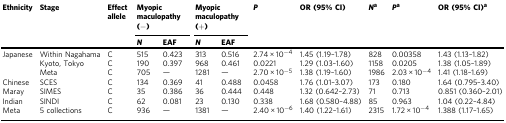
<table><thead><tr><td rowspan="2"><b>Ethnicity</b></td><td rowspan="2"><b>Stage</b></td><td rowspan="2"><b>Effect allele</b></td><td colspan="2"><b>Myopic maculopathy (−)</b></td><td colspan="2"><b>Myopic maculopathy (+)</b></td><td rowspan="2"><b><i>P</i></b></td><td rowspan="2"><b>OR (95% CI)</b></td><td rowspan="2"><b><i>N</i><sup>a</sup></b></td><td rowspan="2"><b><i>P</i><sup>a</sup></b></td><td rowspan="2"><b>OR (95% CI)<sup>a</sup></b></td></tr><tr><td><b><i>N</i></b></td><td><b>EAF</b></td><td><b><i>N</i></b></td><td><b>EAF</b></td></tr></thead><tbody><tr><td rowspan="3">Japanese</td><td>Within Nagahama</td><td>C</td><td>515</td><td>0.423</td><td>313</td><td>0.516</td><td>2.74 × 10<sup>−4</sup></td><td>1.45 (1.19–1.78)</td><td>828</td><td>0.00358</td><td>1.43 (1.13–1.82)</td></tr><tr><td>Kyoto, Tokyo</td><td>C</td><td>190</td><td>0.397</td><td>968</td><td>0.461</td><td>0.0221</td><td>1.29 (1.03–1.60)</td><td>1158</td><td>0.0205</td><td>1.38 (1.05–1.89)</td></tr><tr><td>Meta</td><td>C</td><td>705</td><td>—</td><td>1281</td><td>—</td><td>2.70 × 10<sup>−5</sup></td><td>1.38 (1.19–1.60)</td><td>1986</td><td>2.03 × 10<sup>−4</sup></td><td>1.41 (1.18–1.69)</td></tr><tr><td>Chinese</td><td>SCES</td><td>C</td><td>134</td><td>0.369</td><td>41</td><td>0.488</td><td>0.0458</td><td>1.76 (1.01–3.07)</td><td>173</td><td>0.180</td><td>1.64 (0.795–3.40)</td></tr><tr><td>Maray</td><td>SIMES</td><td>C</td><td>35</td><td>0.386</td><td>36</td><td>0.444</td><td>0.448</td><td>1.32 (0.642–2.73)</td><td>71</td><td>0.713</td><td>0.851 (0.360–2.01)</td></tr><tr><td>Indian</td><td>SINDI</td><td>C</td><td>62</td><td>0.081</td><td>23</td><td>0.130</td><td>0.338</td><td>1.68 (0.580–4.88)</td><td>85</td><td>0.963</td><td>1.04 (0.22–4.84)</td></tr><tr><td>Meta</td><td>5 collections</td><td>C</td><td>936</td><td>—</td><td>1381</td><td>—</td><td>2.40 × 10<sup>−6</sup></td><td>1.40 (1.22–1.61)</td><td>2315</td><td>1.72 × 10<sup>−4</sup></td><td>1.388 (1.17–1.65)</td></tr></tbody></table>